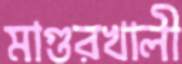
মাগুরখালী